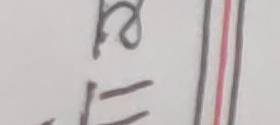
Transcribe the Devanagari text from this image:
१८